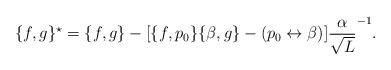
LaTeX: \begin{align*}\{f,g\}^{\star} = \{f,g\}-[\{f,p_0\}\{\beta ,g\}-(p_0\leftrightarrow \beta )]\frac{\alpha}{\sqrt{L}}^{-1}.\end{align*}